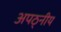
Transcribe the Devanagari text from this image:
अपठ्नीय